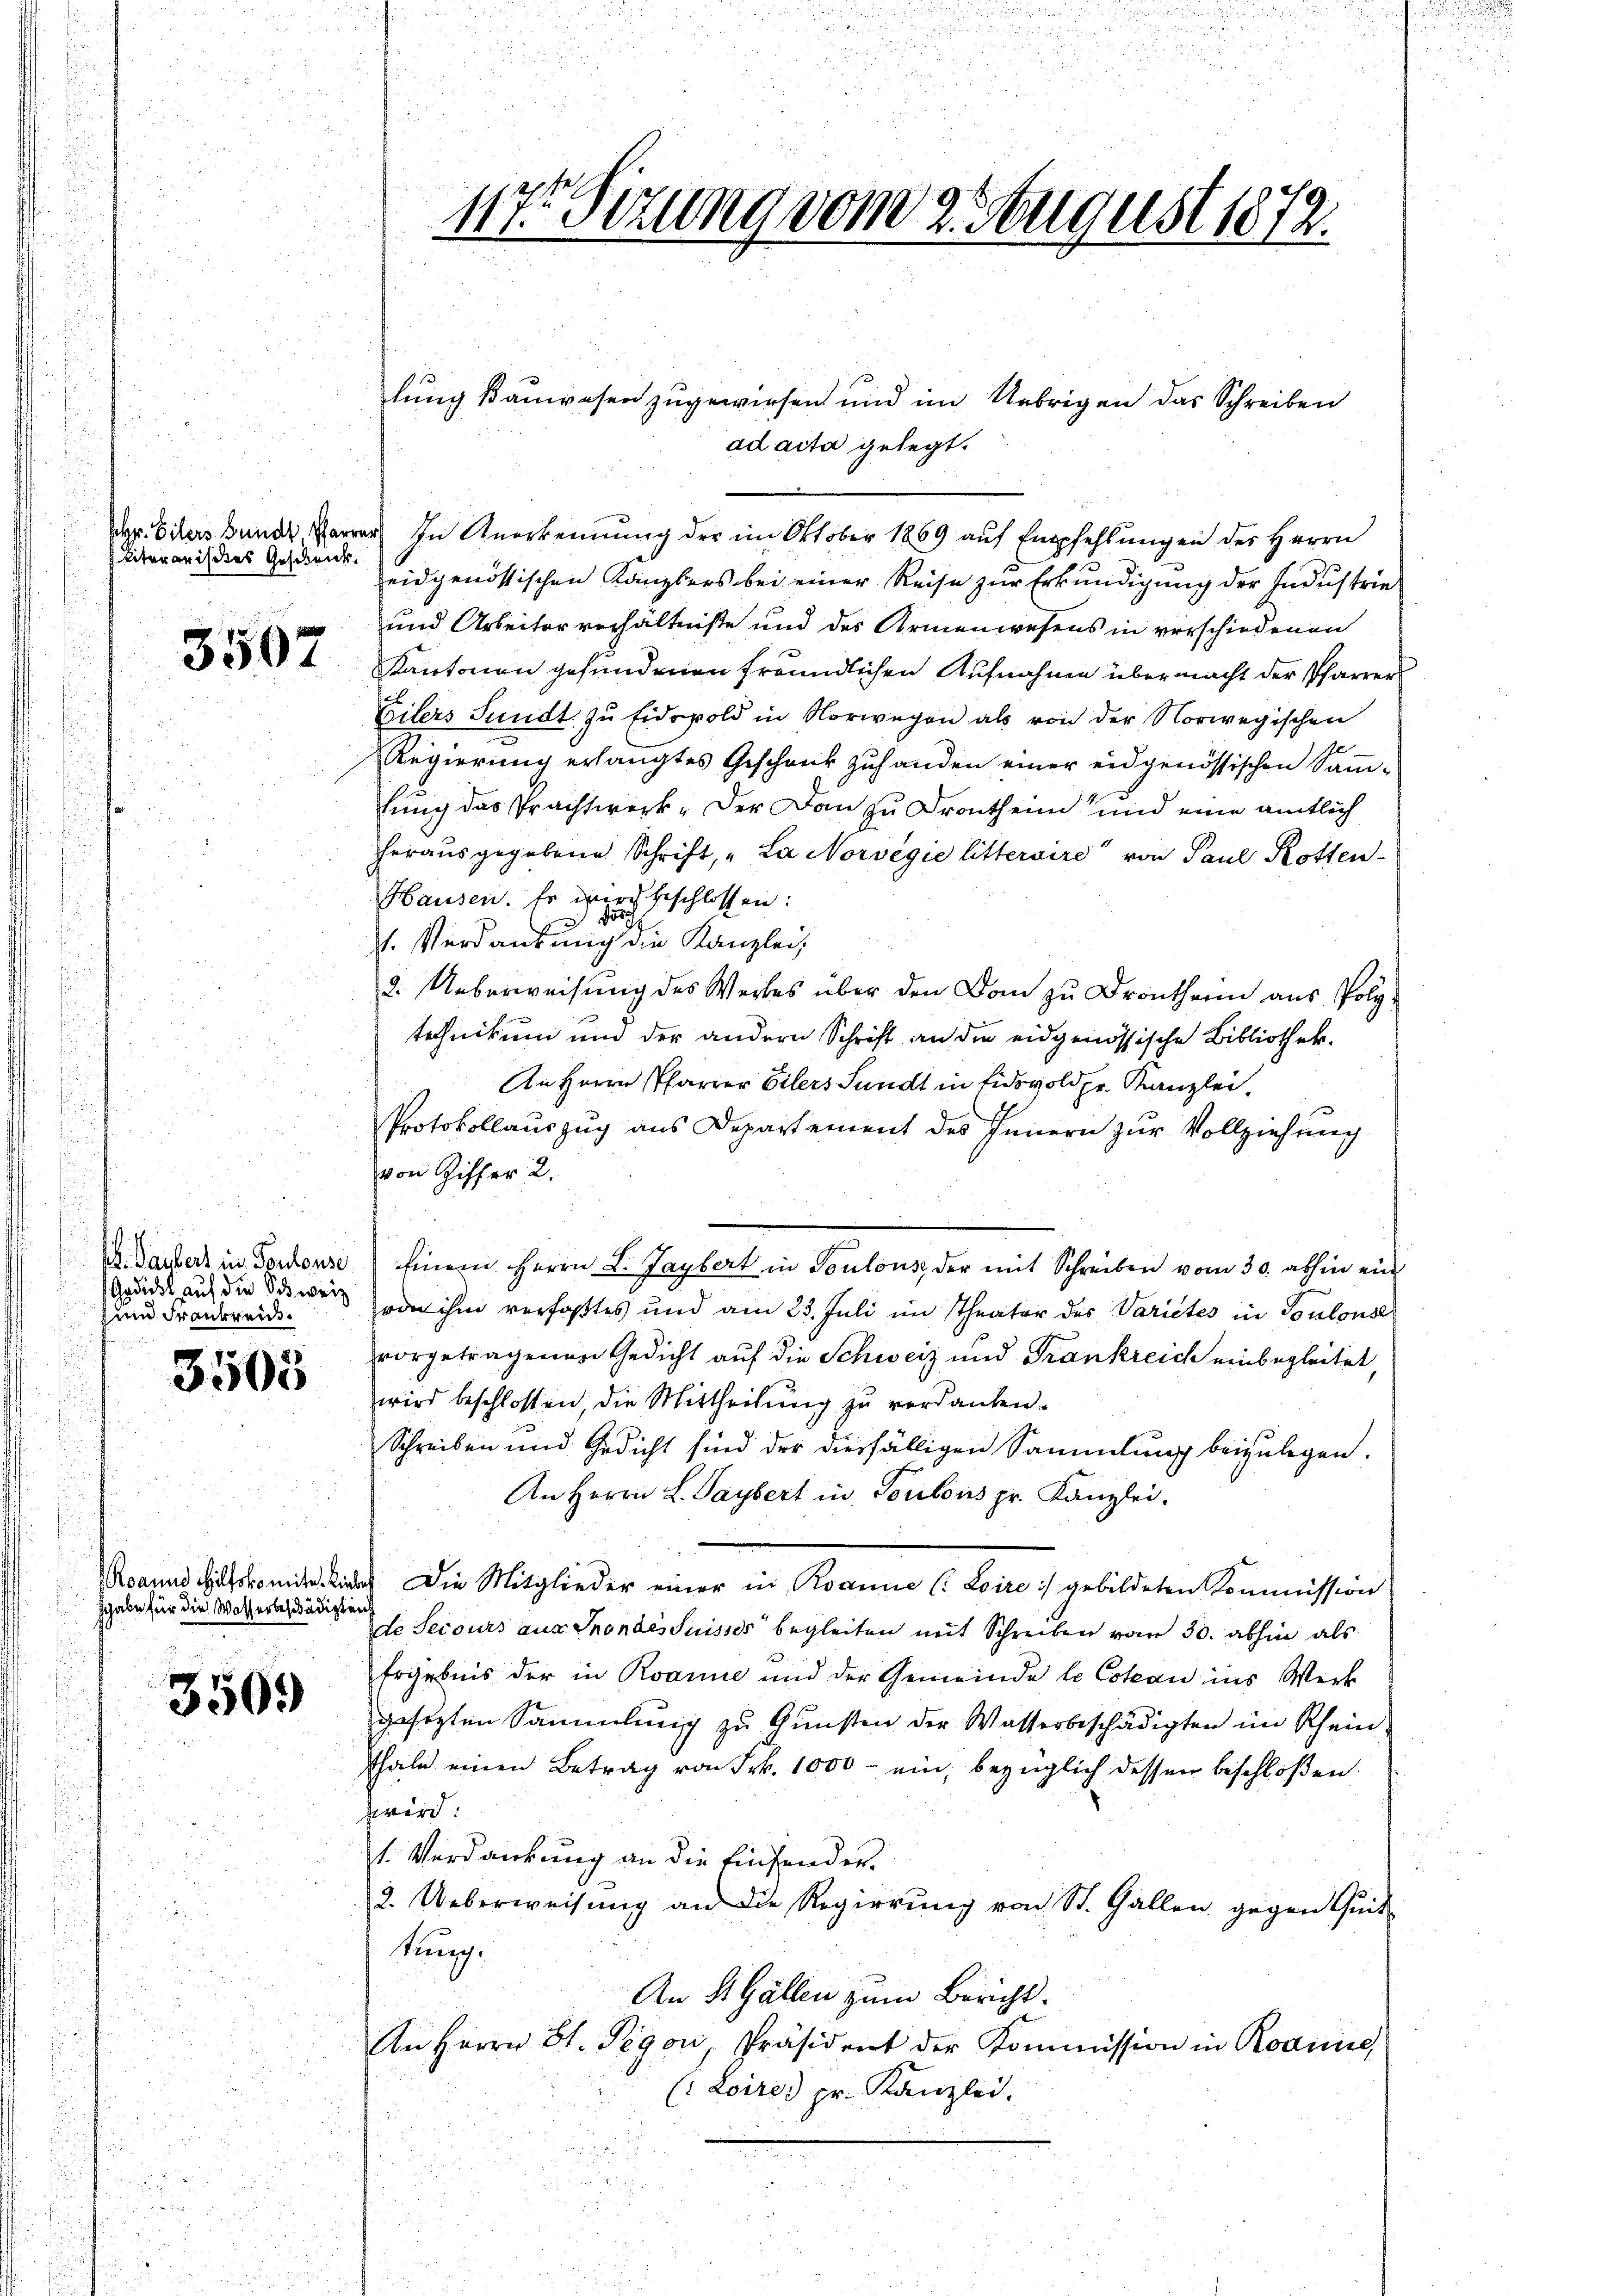
Literarisches Geschenk.

3507

und Frankreis.

3503

Roannd Hilfskomiter. Liebert
hhabe für die Wasserbeschädigten

3509

lung Bauwesen zugewiesen und im Uebrigen das Schreiben
ad acta gelegt.
der. Eiters Bunde Parrer In Anerkennung der im Oktober 1869 aŭf Empfehlŭngen des Herrn
eidgenössischen Kanzlers bei einer Reise zŭr Erkŭndigŭng der Indŭstrie
und Arbeiter verhältniße und des Armenwesens in verschiedenen
Kantonen gefundenen freundlichen Aufnahme übermacht der Pfarrer
Eilers Sundt zu Eidspold in Norwegen als von der Norwegischen
Regierung erlangtes Geschenk zuhanden einer eidgenössischen Sammlung das Prachtwerk - der Dan zu Drontheim und eine amtlich
herausgegebene Schrift, „La Norvégie littervire“ von Paul Rotten
Hausen. Er wird beschlossen:

st. Verdankung die Kanzlei,
2. Ueberweisung des Weites über den Dom zu Dronthenn aus Polytechnikum und der andern Schrift an die eidgenössische Bibliothek.
An Herrn Pfarrer Eilers Sundt in Eidswold pr. Kanzlei.
Protokollauszug aus Departement des Innern zur Vollziehung
von Ziffer 2.
. Taubert in Fordense Einem Herrn L. Jaybert in Toulousz der mit Schreiben vom 30. abhin ein
Gadids auf die Schwer von ihm verfaßtes und am 23. Juli im Theater des Varietes in Toulouse
vorgetragenen Gedicht auf die Schweiz und Frankreich einbegleitet,
wird beschlossen, die Mittheilung zu verdanken.
Schreiben und Gedicht sind der diesfälligen Sammlung beizulegen.
An Herrn L. Paybert in Portons pr. Kanzlei.
Die Mitglieder einer in Roannie (: Loire :/ gebildeten Kommission
de Secours aus Sondes Suisses begleiten mit Schreiben vom 30. abhin als
Ergebnis der in Roannie und der Gemeinde le Coteau ins Werk
gesetzten Sammlung zu Gunsten der Wasserbeschädigten im Rhein-
Thale einen Betrag von Frk. 1000 - ein, bezüglich dessen beschloßen:
zwird:
1. Verdankung an die Einsender¬
2. Ueberweisŭng an die Regierŭng von St. Gallen gegen Quit
kung.
An 4. Gallen zum Bericht.
An Herrn St. Pegor, Präsident der Kommission in Roanne,
(Loire pr. Kanzlei.

117. Sizung vom 2. August 1872.